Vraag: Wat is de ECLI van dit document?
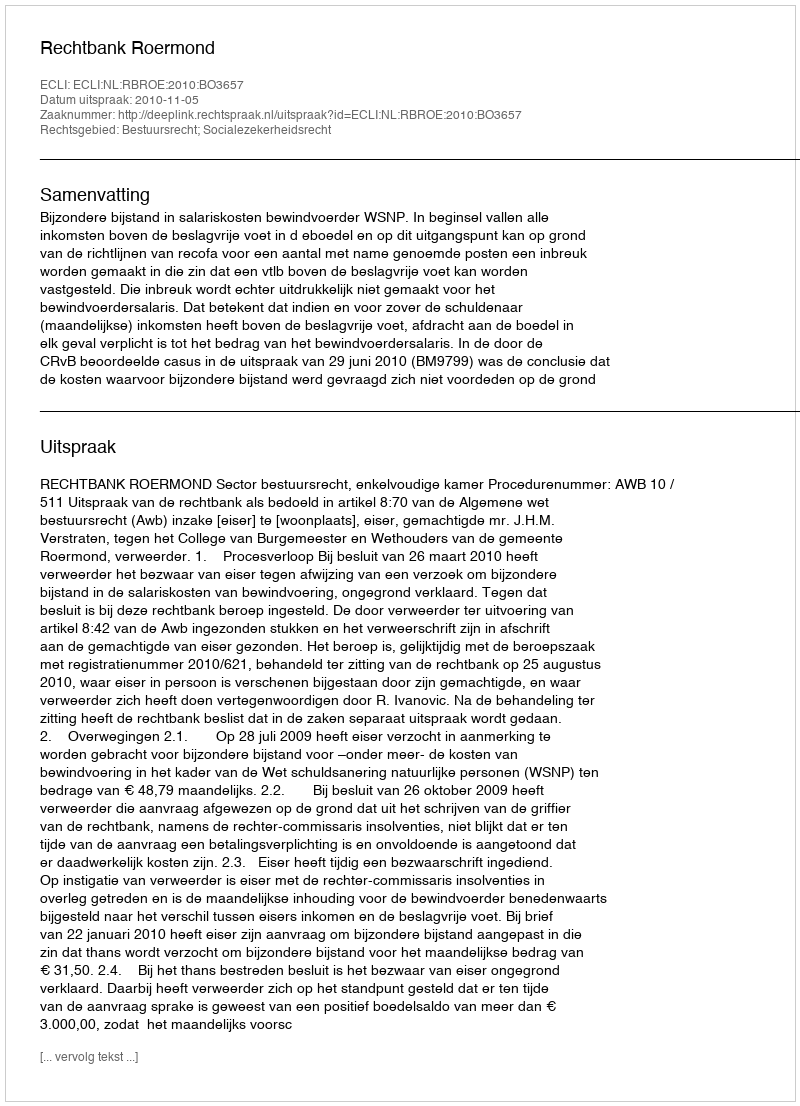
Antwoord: ECLI:NL:RBROE:2010:BO3657